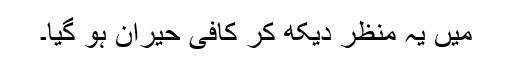
میں یہ منظر دیکھ کر کافی حیران ہو گیا۔